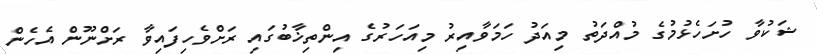
ޝަކުވާ ހުށަހެޅުމުގެ މުއްދަތު މިއަދު ހަމަވާއިރު މިއަހަރުގެ އިންތިޚާބުގައި ރަށްވެހިފައިވާ ރަށްނޫން އެހެން